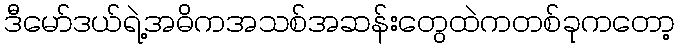
ဒီမော်ဒယ်ရဲ့အဓိကအသစ်အဆန်းတွေထဲကတစ်ခုကတော့